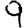
Digit: 9